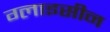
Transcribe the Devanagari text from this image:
ग्लाइसीन